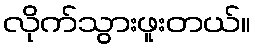
လိုက်သွားဖူးတယ်။